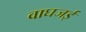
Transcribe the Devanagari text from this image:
वाघजई